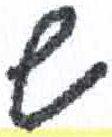
אות: ש